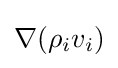
\nabla (\rho _{i}v_{i})